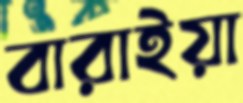
বারাইয়া